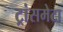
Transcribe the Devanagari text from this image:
ट्रांसमेटा